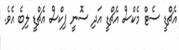
އެޗްޑީ ސެޓް މެކްސް އެޗްޑީ އަދި ސޮނީ ޕިކްސް އެޗްޑީ ލިބެ އެވެ.